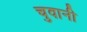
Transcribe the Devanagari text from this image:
चुवानी